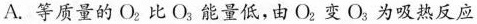
A.等质量的0_{2}比0_{3}能量低，由0_{2}变O_{3}为吸热反应